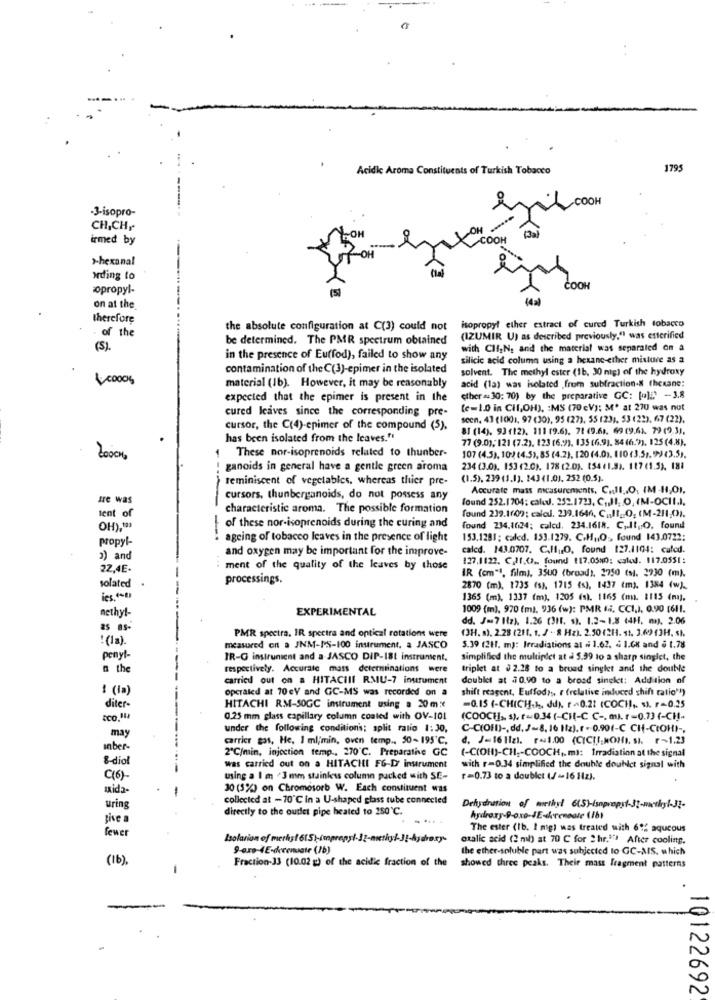
Acidic Aroma Constituents of Turkish Tobacco
1795
OOH
-3-isopro-
CH,CH,
OH
irmed by
COOH
>-hexanal
Iding to
opropyl-
COOH
on at the
therefore
the absolute configuration at C(3) could not
isopropyl ether extract of cured Turkish tobacco
. of the
be determined. The PMR spectrum obtained
(IZUMIR U) as described previously.") was esterified
(5).
with Clf.N. and the material was separated on a
in the presence of Eu(fod), failed to show any
silicic acid column using a hexane-ether misture as a
contamination of the C(3)-epimer in the isolated
solvent. The methyl ester (1b, 30 mg) of the hydroxy
1.0000g
acid (1a) was isolated from subfraction-& (hexane:
material (Ib). However, it may be reasonably
expected that the epimer is present in the
ether = 30: 70) by the preparative GC: [a)E' -3.8
cured leaves since the corresponding pre-
(c=1.0 in CHI,OH), : MS (70 eV); M' at 270 was not
scen. 43 (1001, 97 (30), 95 (27), 55 (23), 53 (22). 67 (22).
cursor, the C(4)-epimer of the compound (5).
81 (14). 93 (12). 111 (9.6). 71 (9.61. 69 (9.61. 79 (9 3),
has been isolated from the leaves."
77 (9.0), 121 (7.2). 123 (6.9), 135 (6.9). 84 (6.9), 125(4.8).
20000
1 These nor-isoprenoids related to thunber-
107 (4.5), 10) (4.51, 85 (4.2). [20 (4.01. 110 (3.5g, 9)(3.5).
! ganoids in general have a gentle green aroma
234 (3.0). 153 (2.0). 178 (2.0). [54 (1.8). 117 (1.5), 181
reminiscent of vegetables, whereas thier pre-
(1.5), 239 (1.1). 243 (1.0). 252 (0.5).
Accurate mass measurements. C.Il .. O, IM -11,01.
Ire was
cursors, thunberganoids, do not possess any
found 252.1704: cal. 252.1723, C ,. Il. . O, IM-OCHI.I.
tent of
characteristic aroma. The possible formation
found 239.1109; caled. 239.1646, C ., II __ O, (M-211;0).
OH).
of these nor-isoprenoids during the curing and
found 234.1024; calcd. 234.1618. C .. It .. O. found
propyl-
-
ageing of tobacco leaves in the presence of light
153,1281; caled. 153.1279. C.H ., O ., found 143.0722:
and oxygen may be important for the improve-
calcd. 143.0707. C.Il ,O, found 127.1104: calcd.
3) and
127.1122. C.21.02 .. found 17.0580: calo. 117.0551:
22,4E.
ment of the quality of the leaves by those
IR (cm"", film), 3500 (broad), 2750 (si. 2930 (m).
solated
processings.
2870 (m), 1735 (s), 1715 (s), 1437 (m). 1384 (w).
1365 (m), 1337 (m), 1205 (s). 1165 (max. 1115 (ma).
nethyl-
EXPERIMENTAL
1009 (m). 970 (m). 936 (w): PMR li. CCI.), 0.90 [611.
dd. Jas7 1(z), 1.26 (3H. $). 1.2-1.8 (4H. m. 2.06
as as-
PMR spectra. IR spectra and optical rotations were
(3H. s), 2.28 (211, 1, J .- 8 Hz). 2.50(2H. 1. 3.69 13H. st.
!(la).
measured on a JNM-I'S-100 instrument. a JASCO
5.39 (211, m): Irradiations al # 1.62. & 1.68 and § 1.78
penyl
IR-G instrunicat and a JASCO DIP-181 instrument.
simplified the multiplet at a 5.99 to a sharp singlet, the
n the
respectively. Accurate mass determinations were
triplet at $2.28 to a broad singlet and the double
carried out on a HITACHII RMU-7 inurument
doublet at 30.90 to a broad singlet: Addition of
! (Ia)
operated at 70eV and GC-MS was recorded on a
shift reagent, Euffod?s, r (relative induced shift ratio")
diter-
HITACHI RM-SOGC instrument using a 20mx
=0.15 (-CHICH.), Jd). r ~0.23 (COC), s). r=0.25
0.25 mm glass capillary column coaled with OV-101
(COOCH], s), 1-0.34 (-CHI-C C -. m.r-0.73(-CH-
may
under the following conditions; split ratio 1: 30,
C-C(OFI) -, dd. J-8, 16 Iz),r - 0.901-C CH-CrOHI -,
carrier gas, He, 1 ml/min, oven temp ., 50-195'℃,
d. J=16 11z). r=1.00 (CIC[],NOHI, SI. F~1.23
Inber-
2℃/min, injection temp ., 270℃. Preparathe GC
(-C(OH)-CH ,- COOCH ,. m): Irradiation at the signal
&-diol
was carried out on a HITACHI FG-D' instrument
with r=0.34 simplified the double doublet signal with
using a I m '3 mm stainless column packed with SE-
F=0.73 to a doublet (/ -16 Hz).
Ixida
30 (3%) on Chromosorb W. Each constituent was
collected at - 70'℃ in a U-shaped glass tube connected
uring
directly to the outlet pipe heated to 250℃.
Dehydration of methyl 6(5)-isnpropst-31-methyl-32-
give a
fewer
The ester (Ib. I mig) was treated with 612 aqueous
Isolation of merkst 6[5]-impressi-Jg-mesig ;- ) !- kyara.ry-
oxalic acid (2 mb) at 70 C for " hr."") After cooling.
9-oro-4E-derenuate (1b)
the ether-soluble part was subjected to GC-MIS, which
(16).
Fraction-33 (10.02 g) of the acidic fraction of the
showed three peaks. Their mass fragment patterns
10122692